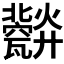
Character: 𤮪